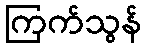
ကြက်သွန်